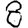
Digit: 8